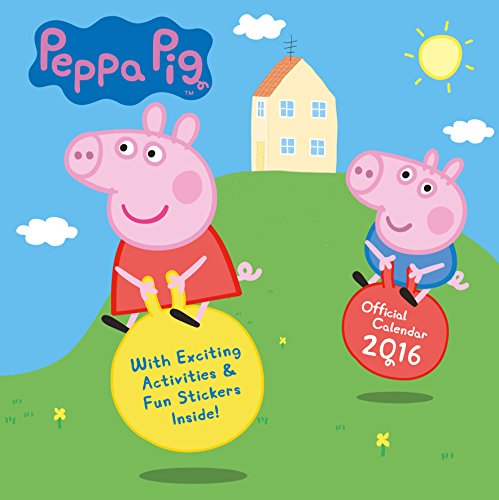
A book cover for The Official Peppa Pig 2016 Square Calendar; Calendars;